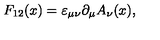
F _ { 1 2 } ( x ) = \varepsilon _ { \mu \nu } \partial _ { \mu } A _ { \nu } ( x ) ,